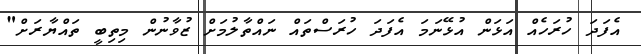
އެފަދަ ހުރަހެއް އަޅަން އުޅޭނަމަ އެފަދަ ހުރަސްތައް ނައްތާލުމަށް ޒުވާނުން މިތިބީ ތައްޔާރަށް"